Civil Veterinary Department. United Provinces 1923-31 - 1923-1931
Year: 1923
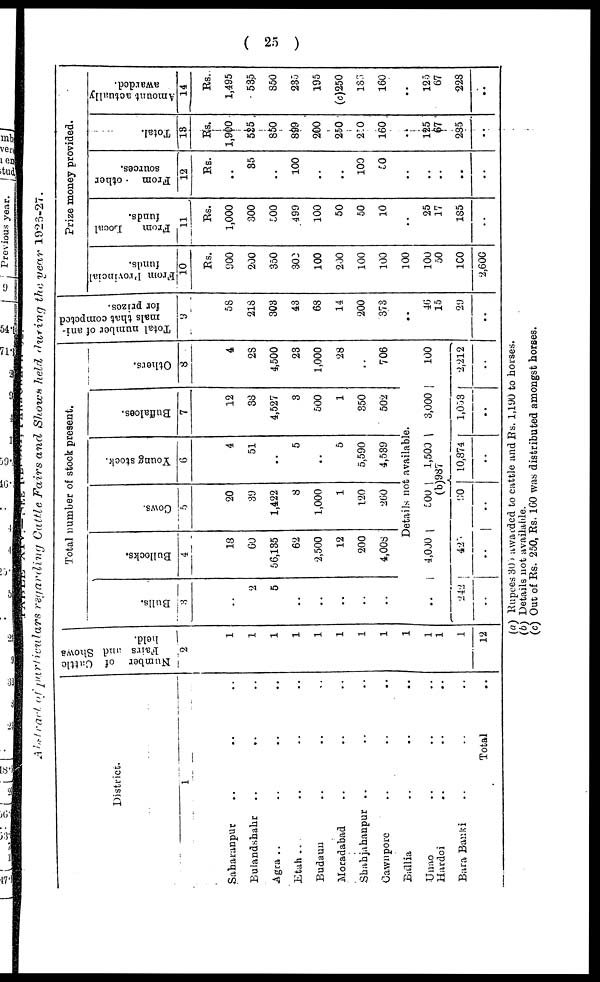
( 25 )
Abstract of particulars
regarding
Cattle Fairs and Shown held during the year 1925-27
District.
1
Saharanpur .. .. ..
Bulandshahr
..
..
..
Agra .. .. .. ..
Etah .. .. .. ..
Budaun .. .. ..
Moradabad .. .. ..
Sbahjahanpur .. .. ..
Cawnpore .. ....
Ballia .. .. ..
Unao .. .. ..
Hardoi .. .. ..
Bara Banki .. .. ..
Total ..
Number of Cattle
Fairs and Shows
held.
2
1
1
1
1
1
1
1
1
1
1
1
1
12
Total number of stock present.
Bulls.
3
..
2
5
..
..
..
..
..
..
242
..
Bullocks.
4
18
60
56,135
62
2,500
12
200
4,008
Cows.
5
20
39
1,422
8
1,000
1
120
260
Young stock.
6
4
51
..
5
..
5
5,590
4,539
Buffaloes.
7
12
38
4,527
3
500
1
850
502
Details not available.
4,000
427
..
500 1,500
(b)987
90
..
10,874
..
3,000
1,003
..
Others.
8
4
2S
4,500
23
1,000
28
..
706
100
2,212
..
Total number of ani-
mals that competed
for prizes.
9
58
218
308
43
68
14
200
373
..
46
15
29
..
Prize money provided.
From Provincial
funds.
10
Rs.
900
200
350
300
100
200
100
100
100
100
50
100
2,600
From
Local
funds.
11
Rs.
1,000
300
500
499
100
50
50
10
..
25
17
185
..
From
other
sources.
12
Rs.
..
85
..
100
..
..
100
50
..
..
..
..
..
Total.
13
Rs.
1,900
525
850
899
200
250
250
160
..
125
67
285
..
Amount actually
awarded.
14
Rs.
1,495
535
850
235
195
(c)250
183
160
..
125
67
228
..
(a) Rupees 300 awarded to cattle and Rs. 1,190 to horses.
(b) Details not available.
(c) Out of Rs. 250, Rs. 160 was distributed amongst horses.